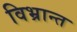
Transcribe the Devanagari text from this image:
विभ्रान्त